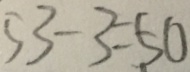
5 3 - 3 = 5 0